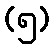
(၅)